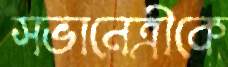
সভানেত্রীকে